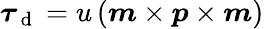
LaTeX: \boldsymbol{\tau}_{\mathrm{~d~}}=u\left(\boldsymbol{m}\times\boldsymbol{p}\times\boldsymbol{m}\right)